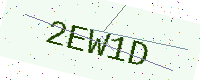
Text: 2EW1D